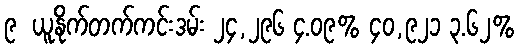
၉  ယူနိုက်တက်ကင်းဒမ်း ၂၄,၂၉၆ ၄.၀၉% ၄၀,၉၂၁ ၃.၆၂%